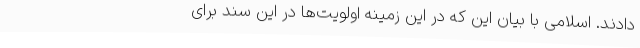
دادند. اسلامی با بیان این که در این زمینه اولویت‌ها در این سند برای